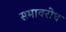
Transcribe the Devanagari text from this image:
समावरोध